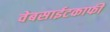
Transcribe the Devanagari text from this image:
वेबसाईटकाफी